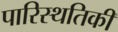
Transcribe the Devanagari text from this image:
पारिस्थतिकी